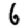
Digit: 6